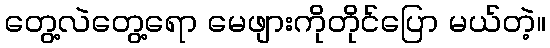
တွေ့လဲတွေ့ရော မေဖျားကိုတိုင်ပြော မယ်တဲ့။